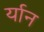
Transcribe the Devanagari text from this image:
र्यान